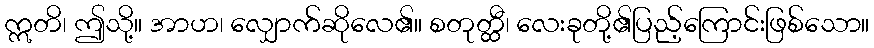
ဣတိ၊ ဤသို့။ အာဟ၊ လျှောက်ဆိုလေ၏။ စတုတ္ထီ၊ လေးခုတို့၏ပြည့်ကြောင်းဖြစ်သော။